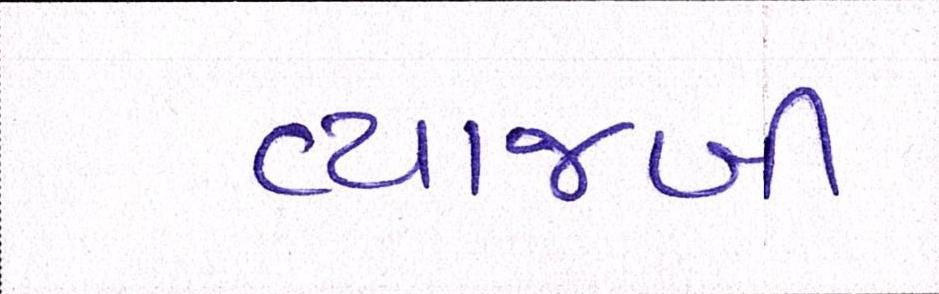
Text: વ્યાજબી